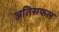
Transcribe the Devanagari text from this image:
अतिसफल